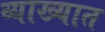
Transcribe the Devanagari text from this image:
व्याख्यात